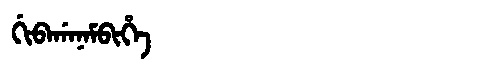
Manchu: ᡤᡳᠪᠠᡤᠠᠨᠠᠮᠪᡳᡥᡝ
Romanization: GIBAGANAMBIHE